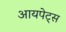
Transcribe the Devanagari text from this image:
आयपेट्स